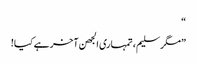
“
”مگر سلیم، تمہاری الجھن آخر ہے کیا!